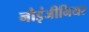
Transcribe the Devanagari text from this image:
नौइंजीनियर